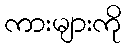
ကားများကို